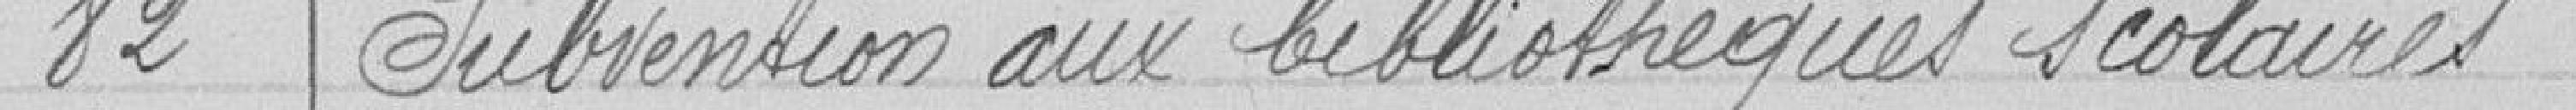
82 Subvention aux bibliothèques scolaires